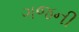
ગજની